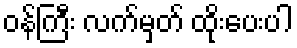
ဝန်ကြီး လက်မှတ် ထိုးပေးပါ